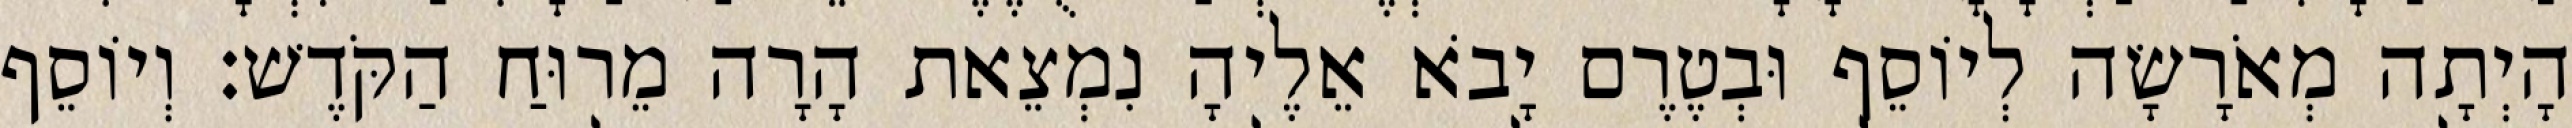
הָיְתָה מְאֹרָשָׂה לְיוֹסֵף וּבְטֶרֶם יָבֹא אֵלֶיהָ נִמְצֵאת הָרָה מֵרוּחַ הַקֹּדֶשׁ׃ וְיוֹסֵף